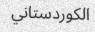
الكوردستاني